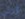
أنني